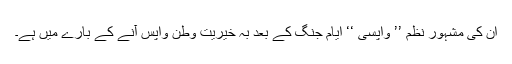
ان کی مشہور نظم ’’ واپسی ‘‘ ایام جنگ کے بعد بہ خیریت وطن واپس آنے کے بارے میں ہے۔